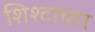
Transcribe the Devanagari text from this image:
शिश्टाचार